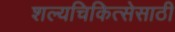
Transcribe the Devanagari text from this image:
शल्यचिकित्सेसाठी